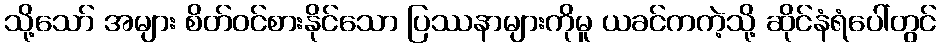
သို့သော် အများ စိတ်ဝင်စားနိုင်သော ပြဿနာများကိုမူ ယခင်ကကဲ့သို့ ဆိုင်နံရံပေါ်တွင်